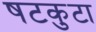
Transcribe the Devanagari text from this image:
षटकुटा